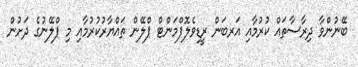
ބޭނުންވާ ދިރާސާތައް ކުރުމާއި އަރބަން ރީޑިވެލޮޕްމަންޓް ޕްލޭން ތައްޔާރުކުރުމާއި މި ޕްލޭނުގެ ދަށުން